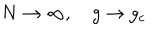
LaTeX: N \to \infty , \quad g \to g _ { c }